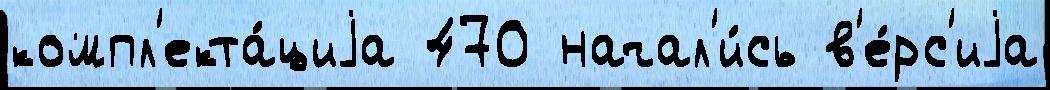
компл'екта́циjа 470 начал'и́сь в'е́рс'иjа